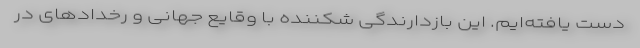
دست یافته‌ایم. این بازدارندگی شکننده با وقایع جهانی و رخداد‌های در